Language: tamil
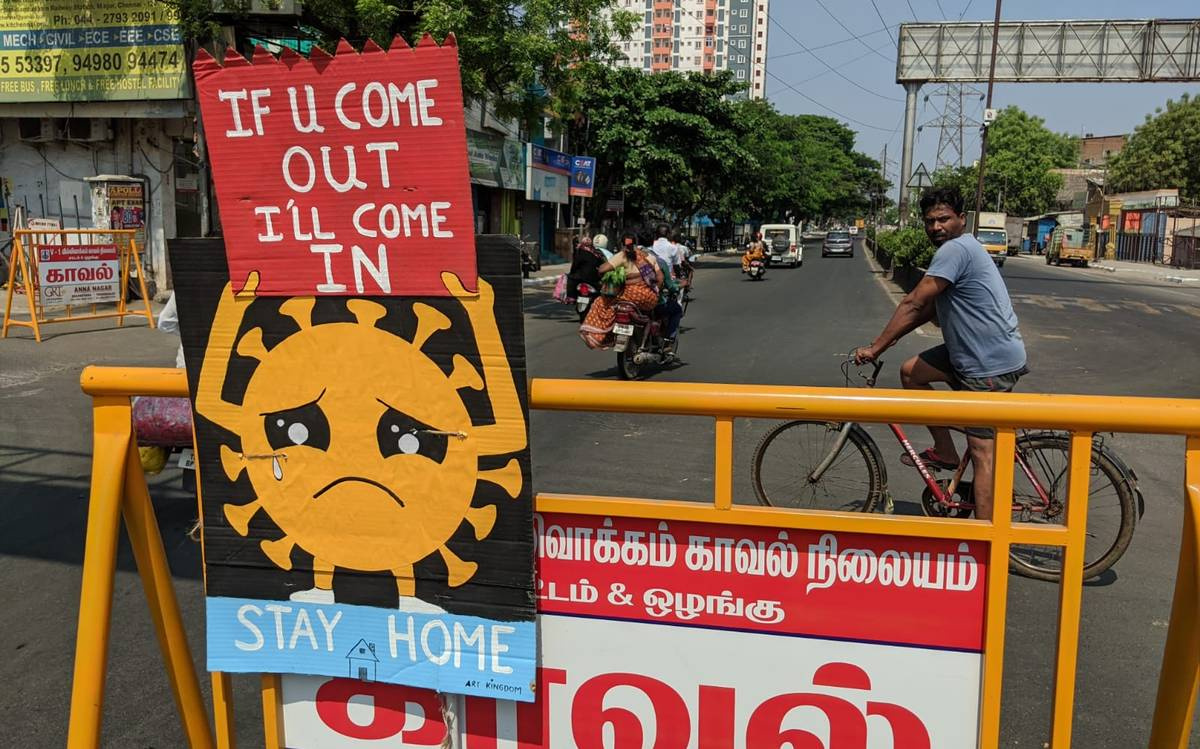
Transcription: ங்க காவல் வாக்கம் காவல் நிலையம் டம் ஒழங்கு